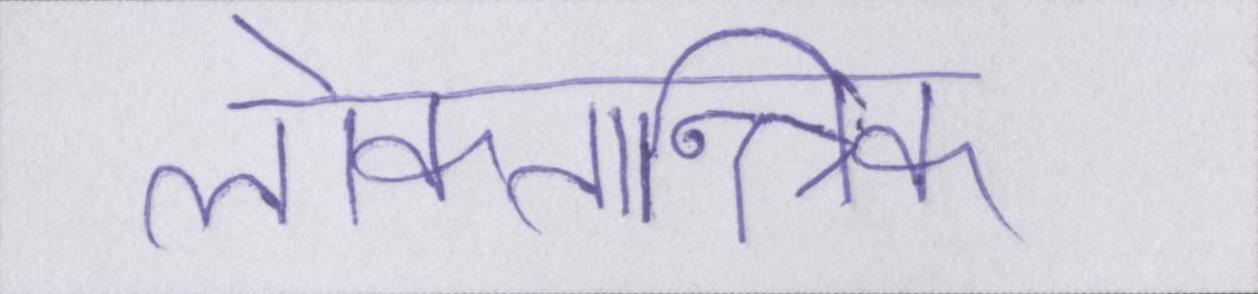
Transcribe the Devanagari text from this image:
लोकतान्त्रिक